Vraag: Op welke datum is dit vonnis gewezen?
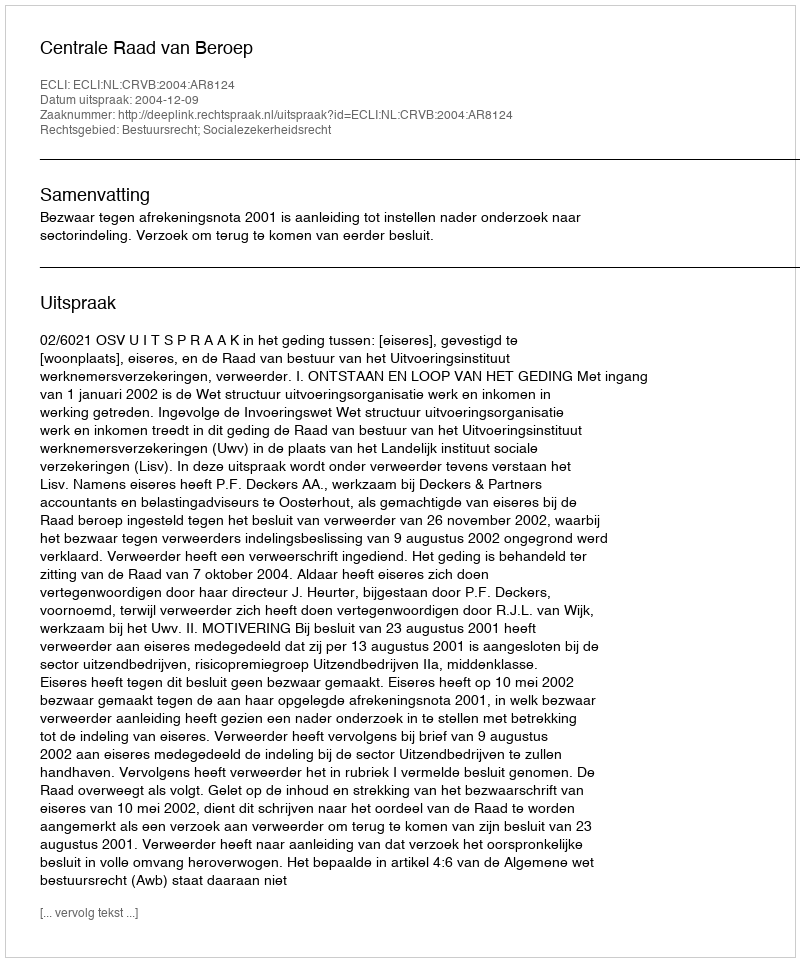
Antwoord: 2004-12-09